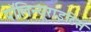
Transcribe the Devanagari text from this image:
पॉलिन्यूराइटिस